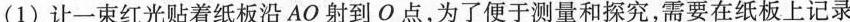
(1)让一束红光贴着纸板沿AO射到O点，为了便于测量和探究，需要在纸板上记录